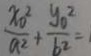
\frac { x _ { 0 } ^ { 2 } } { a ^ { 2 } } + \frac { y _ { 0 } ^ { 2 } } { b ^ { 2 } } = 1